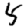
Digit: 5